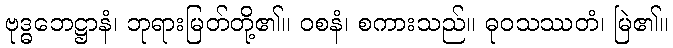
ဗုဒ္ဓဘေဋ္ဌာနံ၊ ဘုရားမြတ်တို့၏။ ဝစနံ၊ စကားသည်။ ဓုဝသဿတံ၊ မြဲ၏။